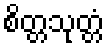
စိတ္တသုတ္တံ